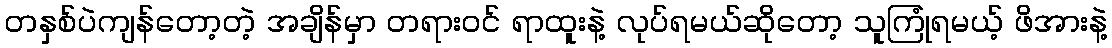
တနှစ်ပဲကျန်တော့တဲ့ အချိန်မှာ တရားဝင် ရာထူးနဲ့ လုပ်ရမယ်ဆိုတော့ သူကြုံရမယ့် ဖိအားနဲ့